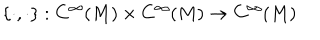
\{ \cdot , \cdot \} : C ^ { \infty } ( M ) \times C ^ { \infty } ( M ) \to C ^ { \infty } ( M )